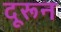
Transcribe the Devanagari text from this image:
दूरून